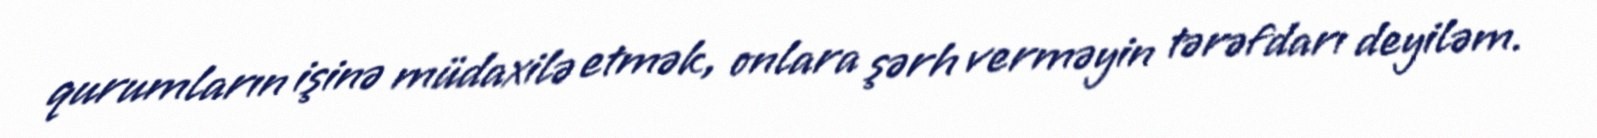
qurumların işinə müdaxilə etmək, onlara şərh verməyin tərəfdarı deyiləm.